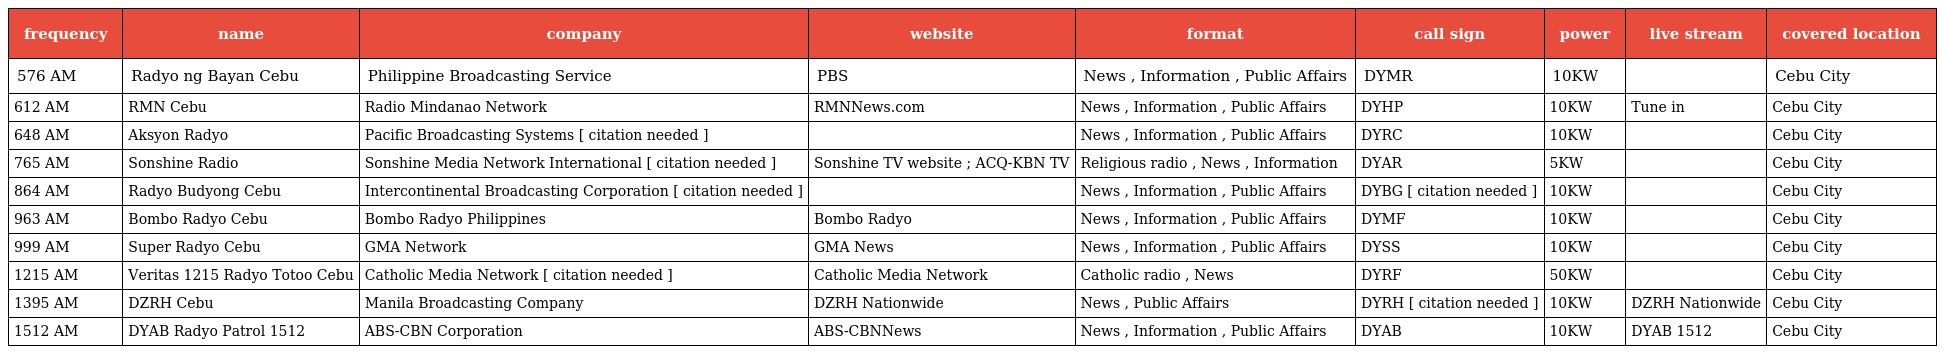
| frequency | name | company | website | format | call sign | power | live stream | covered location |
 | --- | --- | --- | --- | --- | --- | --- | --- | --- |
 | 576 AM | Radyo ng Bayan Cebu | Philippine Broadcasting Service | PBS | News , Information , Public Affairs | DYMR | 10KW |  | Cebu City |
 | 612 AM | RMN Cebu | Radio Mindanao Network | RMNNews.com | News , Information , Public Affairs | DYHP | 10KW | Tune in | Cebu City |
 | 648 AM | Aksyon Radyo | Pacific Broadcasting Systems [ citation needed ] |  | News , Information , Public Affairs | DYRC | 10KW |  | Cebu City |
 | 765 AM | Sonshine Radio | Sonshine Media Network International [ citation needed ] | Sonshine TV website ; ACQ-KBN TV | Religious radio , News , Information | DYAR | 5KW |  | Cebu City |
 | 864 AM | Radyo Budyong Cebu | Intercontinental Broadcasting Corporation [ citation needed ] |  | News , Information , Public Affairs | DYBG [ citation needed ] | 10KW |  | Cebu City |
 | 963 AM | Bombo Radyo Cebu | Bombo Radyo Philippines | Bombo Radyo | News , Information , Public Affairs | DYMF | 10KW |  | Cebu City |
 | 999 AM | Super Radyo Cebu | GMA Network | GMA News | News , Information , Public Affairs | DYSS | 10KW |  | Cebu City |
 | 1215 AM | Veritas 1215 Radyo Totoo Cebu | Catholic Media Network [ citation needed ] | Catholic Media Network | Catholic radio , News | DYRF | 50KW |  | Cebu City |
 | 1395 AM | DZRH Cebu | Manila Broadcasting Company | DZRH Nationwide | News , Public Affairs | DYRH [ citation needed ] | 10KW | DZRH Nationwide | Cebu City |
 | 1512 AM | DYAB Radyo Patrol 1512 | ABS-CBN Corporation | ABS-CBNNews | News , Information , Public Affairs | DYAB | 10KW | DYAB 1512 | Cebu City |